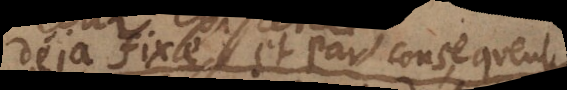
déjà fixe et par consequent